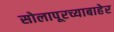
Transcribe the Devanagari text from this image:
सोलापूरच्याबाहेर